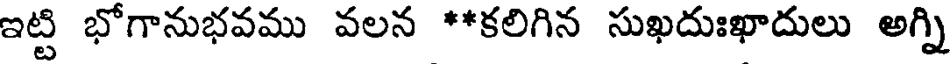
ఇట్టి భోగానుభవము వలన **కలిగిన సుఖదుఃఖాదులు అగ్ని